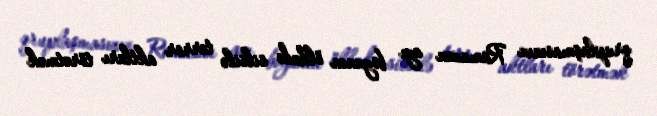
qruplaşmasının Ramazan ayı boyunca ölkədə silsilə terror aktları törətmək